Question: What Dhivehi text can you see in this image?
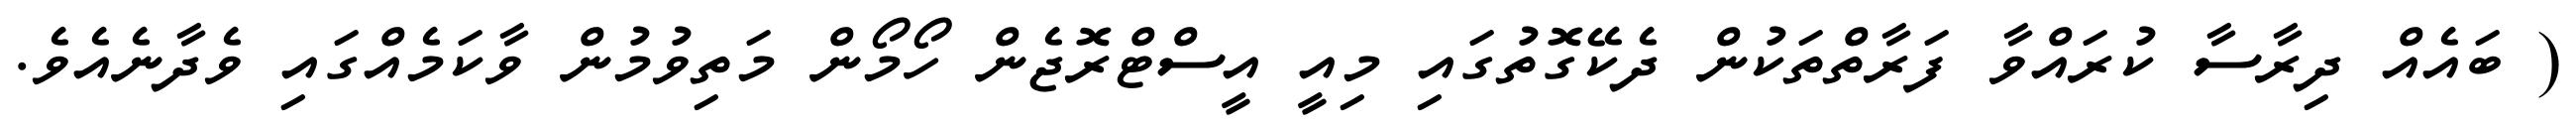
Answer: ( ބައެއް ދިރާސާ ކުރައްވާ ފަރާތްތަކުން ދެކޭގޮތުގައި މިއީ އީސްޓްރޮޖެން ހޯމޯން މަތިވުމުން ވާކަމެއްގައި ވެދާނެއެވެ.